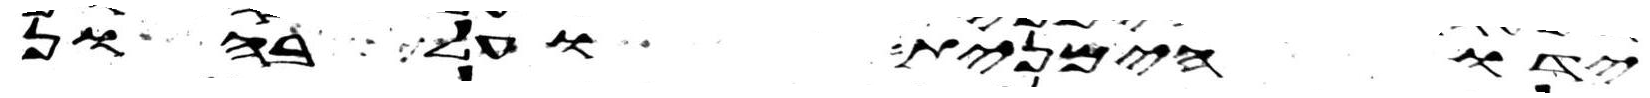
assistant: ידו הימנית ועל בהון